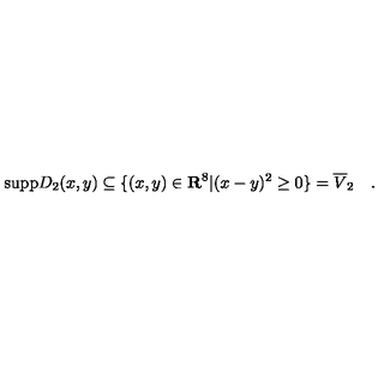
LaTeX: \mathrm { s u p p } D _ { 2 } ( x , y ) \subseteq \{ ( x , y ) \in { \bf { R } } ^ { 8 } | ( x - y ) ^ { 2 } \geq 0 \} = \overline { { V } } _ { 2 } \quad .